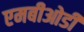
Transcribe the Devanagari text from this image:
एमबीओडी